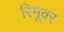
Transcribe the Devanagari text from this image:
रिमूवर